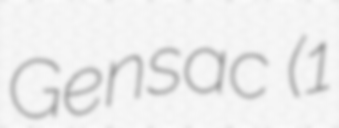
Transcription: Gensac (1